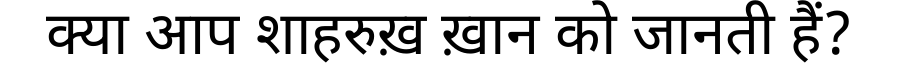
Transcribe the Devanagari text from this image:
क्या आप शाहरुख़ ख़ान को जानती हैं?